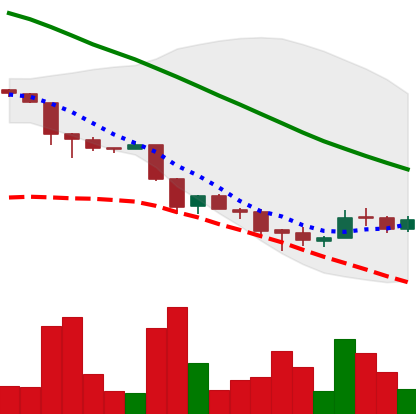
Ticker: ADA-USD
Chart end date: 2018-12-01
Forward return: -25.731%
Label: down_7plus